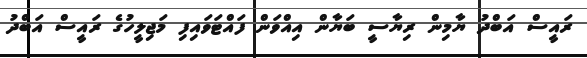
ރައީސް އަބްދު ޔާމިން ރިޔާސީ ބަޔާން އިއްވަން ފައްޓަވައިފި މަޖިލީހުގެ ރައީސް އަބްދު